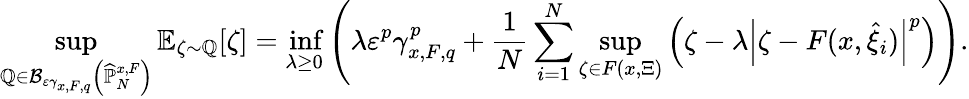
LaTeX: \operatorname*{sup}_{\mathbb{Q}\in\mathcal{B}_{\varepsilon\gamma_{x,F,q}}\left(\widehat{\mathbb{P}}_{N}^{x,F}\right)}\mathbb{E}_{\zeta\sim\mathbb{Q}}[\zeta]=\operatorname*{inf}_{\lambda\geq 0}\left(\lambda\varepsilon^{p}\gamma_{x,F,q}^{p}+\frac{1}{N}\sum_{i=1}^{N}\operatorname*{sup}_{\zeta\in F(x,\Xi)}\left(\zeta-\lambda\left|\zeta-F(x,\widehat{\xi}_{i})\right|^{p}\right)\right).